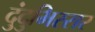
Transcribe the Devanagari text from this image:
दुंदुभिस्सर